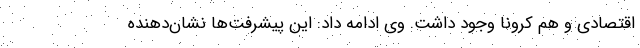
اقتصادی و هم کرونا وجود داشت. وی ادامه داد: این پیشرفت‌ها نشان‌دهنده